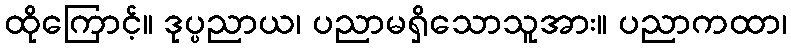
ထိုကြောင့်။ ဒုပ္ပညာယ၊ ပညာမရှိသောသူအား။ ပညာကထာ၊